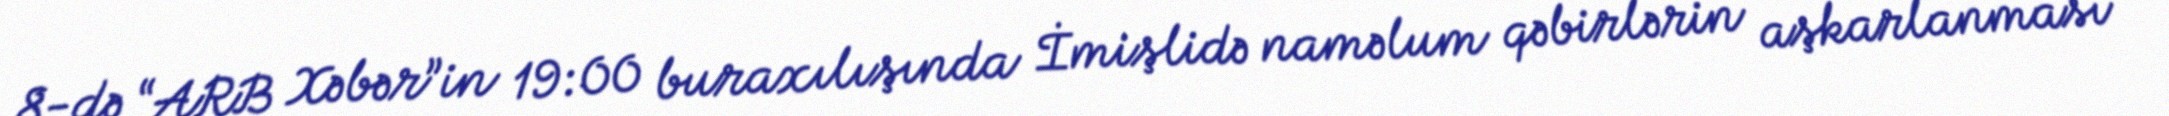
8-də “ARB Xəbər”in 19:00 buraxılışında İmişlidə naməlum qəbirlərin aşkarlanması